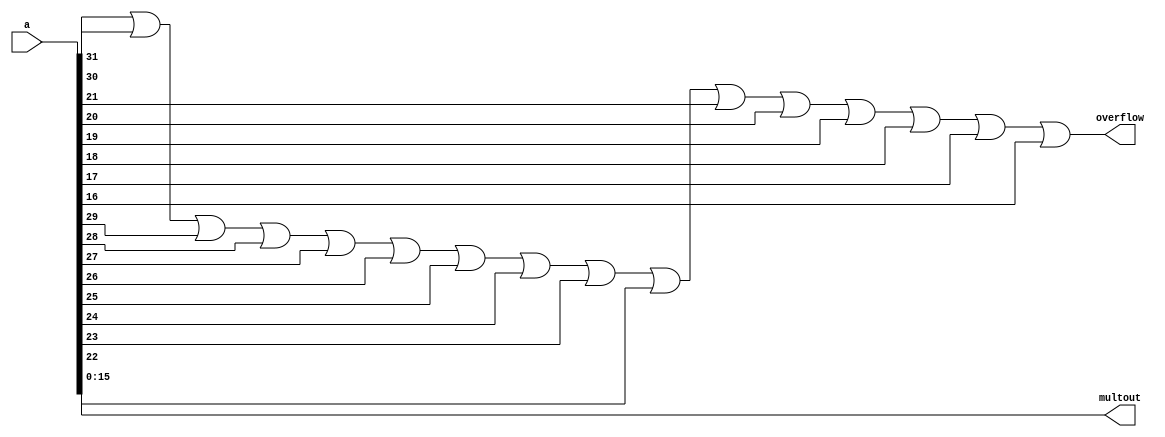
module CheckMultiply(input[31:0] a, output overflow, output [15:0] multout);
	assign overflow = a[31] | a[30] | a[29] | a[28] | a[27] | a[26] | a[25] | a[24] | a[23] | a[22] | a[21] | a[20] | a[19] | a[18] | a[17] | a[16];
	assign multout[15:0] = a[15:0];
endmodule